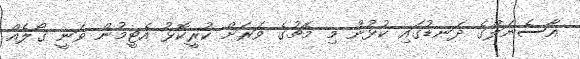
އާސެނަލްގެ ދަނޑުގައި ކުޅުނު މި މެޗުގެ ވަރަށް ކުރީކޮޅު އެޓީމުން ވަނީ ގޯލެއް